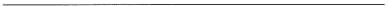
___